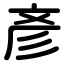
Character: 彥